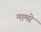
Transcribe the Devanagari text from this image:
मामरे